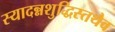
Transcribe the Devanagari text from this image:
स्यादन्नशुद्धिस्तथैव